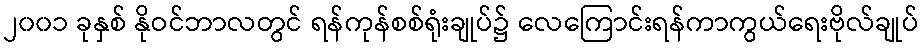
၂၀၀၁ ခုနှစ် နိုဝင်ဘာလတွင် ရန်ကုန်စစ်ရုံးချုပ်၌ လေကြောင်းရန်ကာကွယ်ရေးဗိုလ်ချုပ်